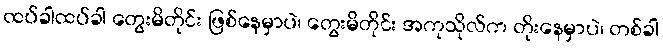
ထပ်ခါထပ်ခါ တွေးမိတိုင်း ဖြစ်နေမှာပဲ၊ တွေးမိတိုင်း အကုသိုလ်က တိုးနေမှာပဲ၊ တစ်ခါ